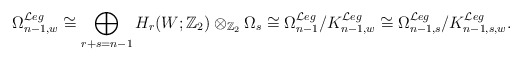
\begin{align*}\Omega^{\mathcal{L}eg}_{n-1,w}\cong\bigoplus_{r+s=n-1}H_r(W;{\mathbb Z}_2)\otimes_{{\mathbb Z}_2}\Omega_s\cong\Omega^{\mathcal{L}eg}_{n-1}/K^{\mathcal{L}eg}_{n-1,w}\cong\Omega^{\mathcal{L}eg}_{n-1,s}/K^{\mathcal{L}eg}_{n-1,s,w}.\end{align*}